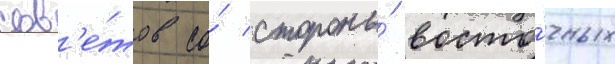
сов'е́тов со́ стороны́ восто́чных